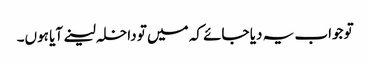
تو جواب یہ دیا جائے کہ میں تو داخلہ لینے آیا ہوں۔